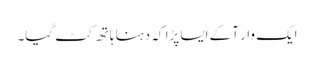
ایک وار آکے ایسا پڑا کہ دہنا ہاتھ کٹ گیا۔